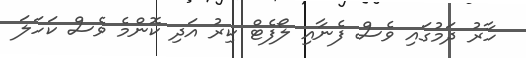
ހާރު ދަމުގައި ވެސް ފެނާއި ލޯފެޓް ކިރު އަދި ކޮންމެ ވެސް ކަހަލަ